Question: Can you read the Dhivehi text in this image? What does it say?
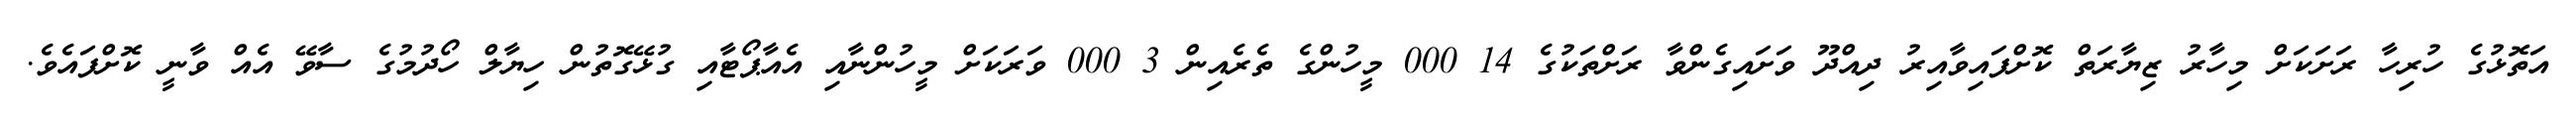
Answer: އަތޮޅުގެ ހުރިހާ ރަށަކަށް މިހާރު ޒިޔާރަތް ކޮށްފައިވާއިރު ދިއްދޫ ވަށައިގެންވާ ރަށްތަކުގެ 14 000 މީހުންގެ ތެރެއިން 3 000 ވަރަކަށް މީހުންނާއި އެއާޕޯޓާއި ގުޅޭގޮތުން ހިޔާލް ހޯދުމުގެ ސާވޭ އެއް ވާނީ ކޮށްފައެވެ.